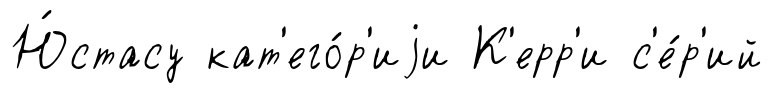
Ю́стасу кат'его́р'иjи К'ерр'и с'е́р'ий